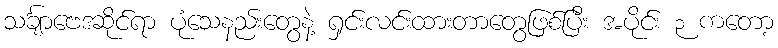
သင်္ချာဗေဒဆိုင်ရာ ပုံသေနည်းတွေနဲ့ ရှင်းလင်းထားတာတွေဖြစ်ပြီး အပိုင်း ၃ ကတော့